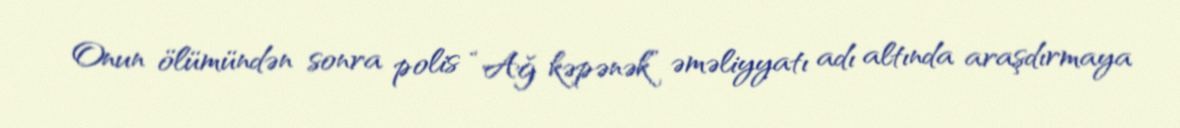
Onun ölümündən sonra polis “Ağ kəpənək” əməliyyatı adı altında araşdırmaya